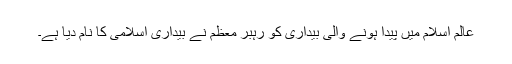
عالم اسلام میں پیدا ہونے والی بیداری کو رہبر معظم نے بیداری اسلامی کا نام دیا ہے۔